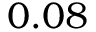
0 . 0 8